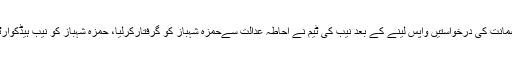
تفصیلات کے مطابق اپوزیشن لیڈر پنجاب اسمبلی حمزہ شہباز کی جانب سے ضمانت کی درخواستیں واپس لینے کے بعد نیب کی ٹیم نے احاطہ عدالت سےحمزہ شہباز کو گرفتارکرلیا، حمزہ شہباز کو نیب ہیڈکوارٹر منتقل کیا جائے گا اور ریمانڈ کے لئے احتساب عدالت میں پیش کیا جائے گا۔